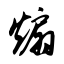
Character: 煽